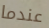
عندما